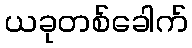
ယခုတစ်ခေါက်